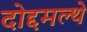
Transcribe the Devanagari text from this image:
दोद्दमल्थे